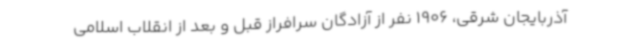
آذربایجان شرقی، 1906 نفر از آزادگان سرافراز قبل و بعد از انقلاب اسلامی